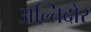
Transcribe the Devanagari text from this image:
अल्तिदोर